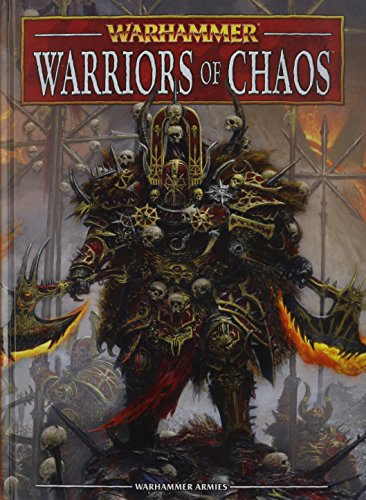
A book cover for Warhammer: Warriors of Chaos; Science Fiction & Fantasy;